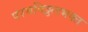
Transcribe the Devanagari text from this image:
परमविठ्ठलभक्त